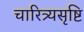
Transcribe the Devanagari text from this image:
चारित्र्यसृष्टि